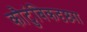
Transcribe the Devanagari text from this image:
कौटुंबिकदृष्ट्या